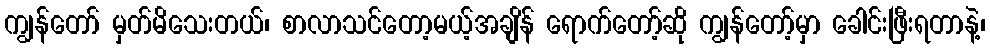
ကျွန်တော် မှတ်မိသေးတယ်၊ စာလာသင်တော့မယ့်အချိန် ရောက်တော့်ဆို ကျွန်တော့်မှာ ခေါင်းဖြီးရတာနဲ့၊